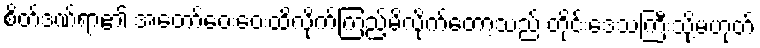
စိတ်ဒဏ်ရာ၏ အတော်ဝေးဝေးထိလိုက်ကြည့်မိလိုက်တော့သည် တိုင်းဒေသကြီးသို့မဟုတ်